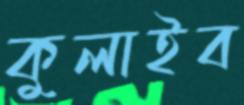
কুলাইব